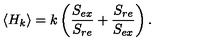
\langle H _ { k } \rangle = k \left( { \frac { S _ { e x } } { S _ { r e } } } + { \frac { S _ { r e } } { S _ { e x } } } \right) .